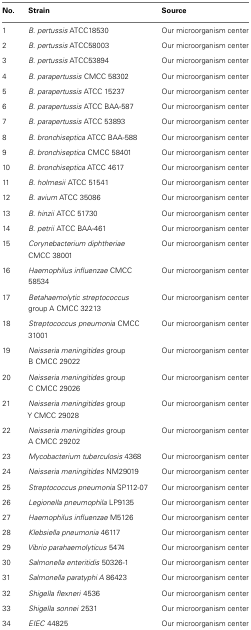
<table><thead><tr><td><b>No.</b></td><td><b>Strain</b></td><td><b>Source</b></td></tr></thead><tbody><tr><td>1</td><td><i>B. pertussis</i> ATCC18530</td><td>Our microorganism center</td></tr><tr><td>2</td><td><i>B. pertussis</i> ATCC58003</td><td>Our microorganism center</td></tr><tr><td>3</td><td><i>B. pertussis</i> ATCC53894</td><td>Our microorganism center</td></tr><tr><td>4</td><td><i>B. parapertussis</i> CMCC 58302</td><td>Our microorganism center</td></tr><tr><td>5</td><td><i>B. parapertussis</i> ATCC 15237</td><td>Our microorganism center</td></tr><tr><td>6</td><td><i>B. parapertussis</i> ATCC BAA-587</td><td>Our microorganism center</td></tr><tr><td>7</td><td><i>B. parapertussis</i> ATCC 53893</td><td>Our microorganism center</td></tr><tr><td>8</td><td><i>B. bronchiseptica</i> ATCC BAA-588</td><td>Our microorganism center</td></tr><tr><td>9</td><td><i>B. bronchiseptica</i> CMCC 58401</td><td>Our microorganism center</td></tr><tr><td>10</td><td><i>B. bronchiseptica</i> ATCC 4617</td><td>Our microorganism center</td></tr><tr><td>11</td><td><i>B. holmesii</i> ATCC 51541</td><td>Our microorganism center</td></tr><tr><td>12</td><td><i>B. avium</i> ATCC 35086</td><td>Our microorganism center</td></tr><tr><td>13</td><td><i>B. hinzii</i> ATCC 51730</td><td>Our microorganism center</td></tr><tr><td>14</td><td><i>B. petrii</i> ATCC BAA-461</td><td>Our microorganism center</td></tr><tr><td>15</td><td><i>Corynebacterium diphtheriae</i> CMCC 38001</td><td>Our microorganism center</td></tr><tr><td>16</td><td><i>Haemophilus influenzae</i> CMCC 58534</td><td>Our microorganism center</td></tr><tr><td>17</td><td><i>Betahaemolytic streptococcus</i> group A CMCC 32213</td><td>Our microorganism center</td></tr><tr><td>18</td><td><i>Streptococcus pneumonia</i> CMCC 31001</td><td>Our microorganism center</td></tr><tr><td>19</td><td><i>Neisseria meningitides</i> group B CMCC 29022</td><td>Our microorganism center</td></tr><tr><td>20</td><td><i>Neisseria meningitides</i> group C CMCC 29026</td><td>Our microorganism center</td></tr><tr><td>21</td><td><i>Neisseria meningitides</i> group Y CMCC 29028</td><td>Our microorganism center</td></tr><tr><td>22</td><td><i>Neisseria meningitides</i> group A CMCC 29202</td><td>Our microorganism center</td></tr><tr><td>23</td><td><i>Mycobacterium tuberculosis</i> 4368</td><td>Our microorganism center</td></tr><tr><td>24</td><td><i>Neisseria meningitides</i> NM29019</td><td>Our microorganism center</td></tr><tr><td>25</td><td><i>Streptococcus pneumonia</i> SP112-07</td><td>Our microorganism center</td></tr><tr><td>26</td><td><i>Legionella pneumophila</i> LP9135</td><td>Our microorganism center</td></tr><tr><td>27</td><td><i>Haemophilus influenzae</i> M5126</td><td>Our microorganism center</td></tr><tr><td>28</td><td><i>Klebsiella pneumonia</i> 46117</td><td>Our microorganism center</td></tr><tr><td>29</td><td><i>Vibrio parahaemolyticus</i> 5474</td><td>Our microorganism center</td></tr><tr><td>30</td><td><i>Salmonella enteritidis</i> 50326-1</td><td>Our microorganism center</td></tr><tr><td>31</td><td><i>Salmonella paratyphi A</i> 86423</td><td>Our microorganism center</td></tr><tr><td>32</td><td><i>Shigella flexneri</i> 4536</td><td>Our microorganism center</td></tr><tr><td>33</td><td><i>Shigella sonnei</i> 2531</td><td>Our microorganism center</td></tr><tr><td>34</td><td><i>EIEC</i> 44825</td><td>Our microorganism center</td></tr></tbody></table>